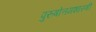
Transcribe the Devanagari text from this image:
पुरुषोत्तमशास्त्री